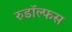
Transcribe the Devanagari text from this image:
रुडॉल्फस